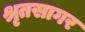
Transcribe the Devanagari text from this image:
श्रृतसागर